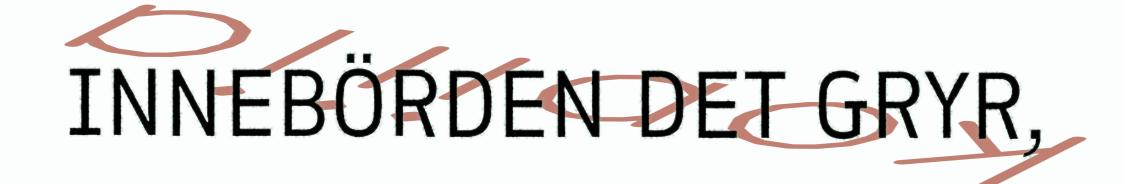
INNEBÖRDEN DET GRYR,